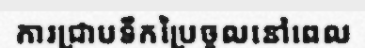
ការជ្រាបទឹកប្រៃចូលនៅពេល